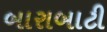
બારાબાટી